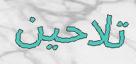
تلاحين